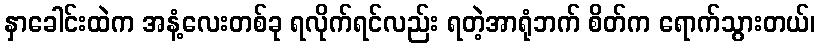
နှာခေါင်းထဲက အနံ့လေးတစ်ခု ရလိုက်ရင်လည်း ရတဲ့အာရုံဘက် စိတ်က ရောက်သွားတယ်၊